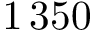
1 \, 3 5 0